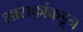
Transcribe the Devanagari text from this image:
शासकांकडून